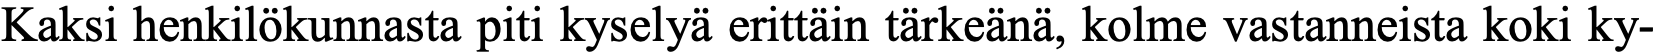
Kaksi henkilökunnasta piti kyselyä erittäin tärkeänä, kolme vastanneista koki ky-